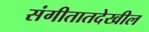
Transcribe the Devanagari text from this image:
संगीतातदेखील